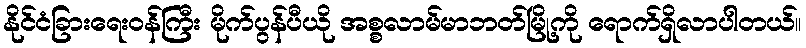
နိုင်ငံခြားရေးဝန်ကြီး မိုက်ပွန်ပီယို အစ္စလာမ်မာဘတ်မြို့ကို ရောက်ရှိလာပါတယ်။